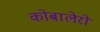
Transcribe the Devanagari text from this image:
कोबालेरो